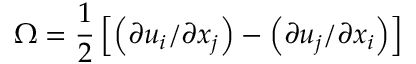
\Omega = \frac { 1 } { 2 } \left[ \left( \partial u _ { i } / \partial x _ { j } \right) - \left( \partial u _ { j } / \partial x _ { i } \right) \right]